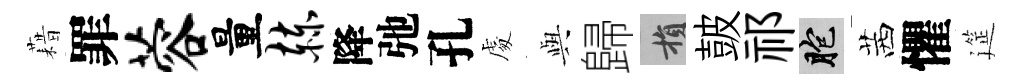
藉罪蓉量赫降弛孔䖏𫤰歸損皷祁胞茜懼筵